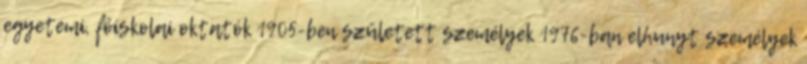
egyetemi, főiskolai oktatók 1905-ben született személyek 1976-ban elhunyt személyek